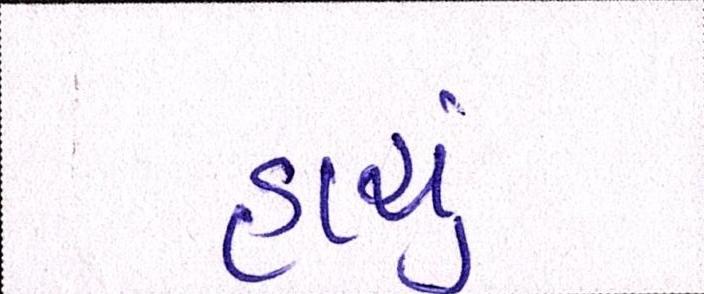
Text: હાચું